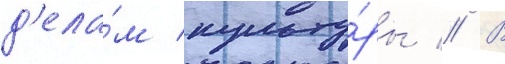
д'ела́м культу́ры // В